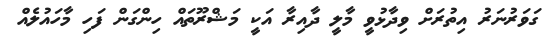
ގަވަރުނަރު އިތުރަށް ވިދާޅުވީ މާލީ ދާއިރާ އަކީ މަޝްރޫތައް ހިންގަން ފަހި މާހައުލެއް